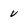
Character: v